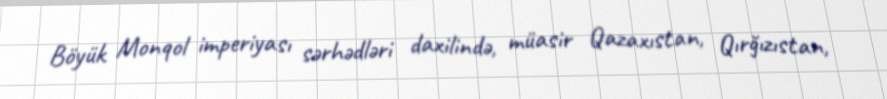
Böyük Monqol imperiyası sərhədləri daxilində, müasir Qazaxıstan, Qırğızıstan,